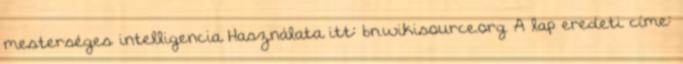
mesterséges intelligencia Használata itt: bn.wikisource.org A lap eredeti címe: